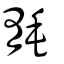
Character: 毻